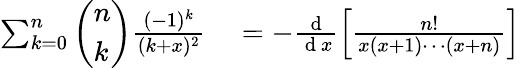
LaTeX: \begin{array}{rl}{\sum_{k=0}^{n}\left(\begin{array}{l}{n}\\ {k}\end{array}\right)\frac{(-1)^{k}}{(k+x)^{2}}}&{{}=-\frac{\mathrm{~d~}}{\mathrm{~d~}x}\left[\frac{n!}{x(x+1)\cdots(x+n)}\right]}\end{array}